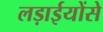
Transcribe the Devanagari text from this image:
लड़ाईयोंसे